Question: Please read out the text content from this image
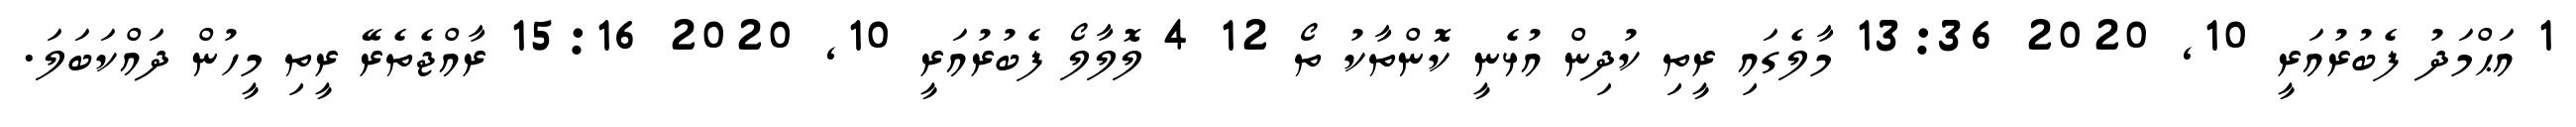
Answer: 1 އަޙްމަދު ފެބުރުއަރީ 10, 2020 13:36 މާލެގައި ރީތި ކުދިން އުޅެނީ ކޮންތާކު ތޯ 12 4 ލޮލާލޯ ފެބުރުއަރީ 10, 2020 15:16 ރާއްޖެތެރޭ ރީތި މީހުން ދައްކަބަލަ.